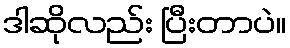
ဒါဆိုလည်း ပြီးတာပဲ။